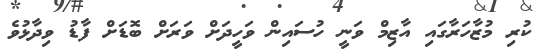
ކުރި މުޒާހަރާގައި އާޒިމް ވަނީ ހުސައިން ވަހީދަށް ވަރަށް ބޮޑަށް ފާޑު ވިދާޅުވެ